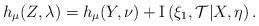
LaTeX: \begin{align*}h_{\mu}(Z,\lambda)=h_{\mu}(Y,\nu)+\mathrm{I}\left(\xi_{1},\mathcal{T}|X,\eta\right).\end{align*}